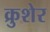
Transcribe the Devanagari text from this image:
क्रुशेर